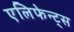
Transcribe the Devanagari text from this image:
एलिफेन्ट्स